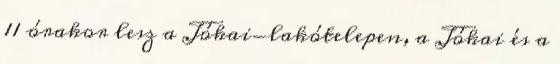
11 órakor lesz a Jókai-lakótelepen, a Jókai és a